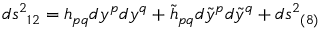
d s ^ { 2 } { } _ { 1 2 } = h _ { p q } d y ^ { p } d y ^ { q } + \tilde { h } _ { p q } d \tilde { y } ^ { p } d \tilde { y } ^ { q } + d s ^ { 2 } { } _ { ( 8 ) }